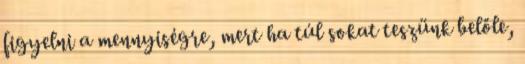
figyelni a mennyiségre, mert ha túl sokat teszünk belőle,